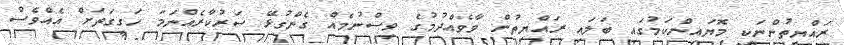
ރައްޔިތުންނަކީ މޮޔައިންކަމުގައި ބަލައި ރައްޔިތުން ވާވެއްދުމުގެ ވިސްނުމެއް ގެންގުޅޭ ސަރުކާރެއްނަމަ ހަގީގަތަށް އެއްވެސް